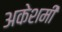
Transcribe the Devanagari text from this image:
अकेशमी